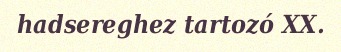
hadsereghez tartozó XX.